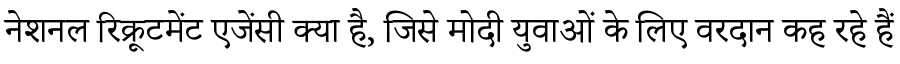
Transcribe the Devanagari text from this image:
नेशनल रिक्रूटमेंट एजेंसी क्या है, जिसे मोदी युवाओं के लिए वरदान कह रहे हैं